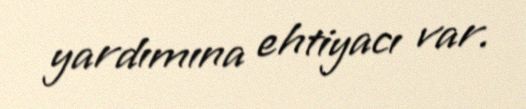
yardımına ehtiyacı var.